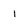
Character: 1